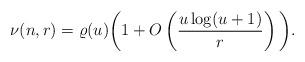
LaTeX: \begin{align*}\nu(n,r)=\varrho(u)\bigg(1+O\left(\frac{u\log(u+1)}{r}\right)\bigg).\end{align*}